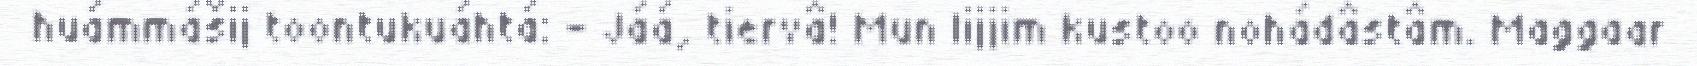
huámmášij toontukuáhtá: - Jáá, tiervâ! Mun lijjim kustoo nohádâstâm. Maggaar